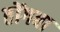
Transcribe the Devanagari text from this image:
तोंगबा